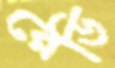
রেডি